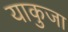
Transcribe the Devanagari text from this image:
याकुजा